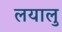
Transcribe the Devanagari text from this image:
लयालु